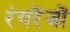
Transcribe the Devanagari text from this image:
रंगरेंजों